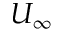
U _ { \infty }